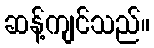
ဆန့်ကျင်သည်။